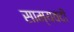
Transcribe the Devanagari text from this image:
साम्यवदी